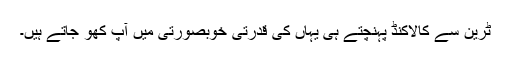
ٹرین سے كالاكنڈ پہنچتے ہی یہاں کی قدرتی خوبصورتی میں آپ کھو جاتے ہیں۔